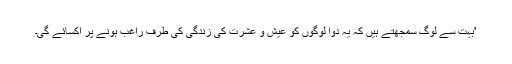
'بہت سے لوگ سمجھتے ہیں کہ یہ دوا لوگوں کو عیش و عشرت کی زندگی کی طرف راغب ہونے پر اکسائے گی۔